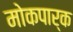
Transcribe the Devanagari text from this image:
मोकपार्क